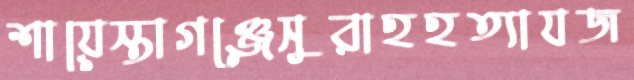
শায়েস্তাগঞ্জেসুরাহহত্যাযজ